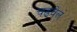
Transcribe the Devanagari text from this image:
चढवेल